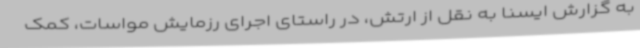
به گزارش ایسنا به نقل از ارتش، در راستای اجرای رزمایش مواسات، کمک